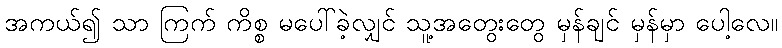
အကယ်၍ သာ ကြက် ကိစ္စ မပေါ်ခဲ့လျှင် သူ့အတွေးတွေ မှန်ချင် မှန်မှာ ပေါ့လေ။